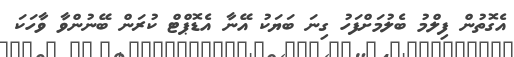
އެގޮތުން ފިލްމު ބެލުމަށްފަހު ގިނަ ބަޔަކު އޭނާ އެޑޮޕްޓް ކުރަން ބޭނުންވާ ވާހަކަ